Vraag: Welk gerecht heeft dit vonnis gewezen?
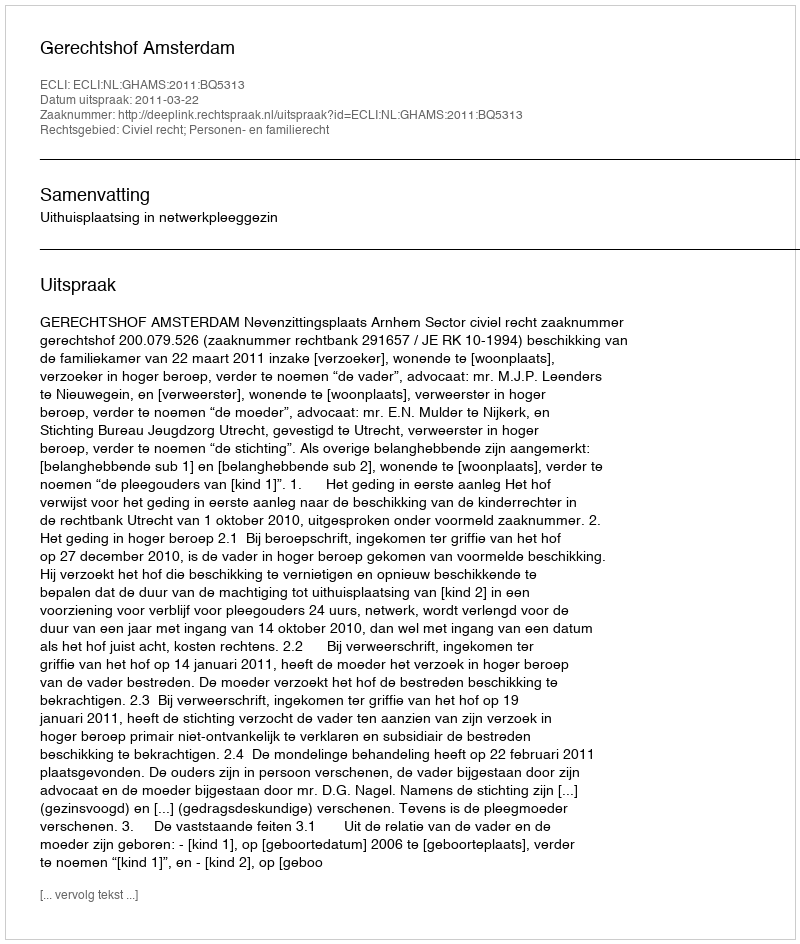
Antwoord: Gerechtshof Amsterdam